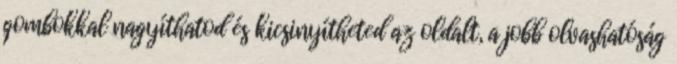
gombokkal nagyíthatod és kicsinyítheted az oldalt, a jobb olvashatóság